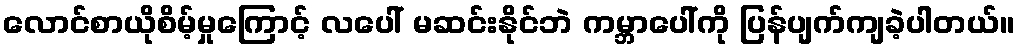
လောင်စာယိုစိမ့်မှုကြောင့် လပေါ် မဆင်းနိုင်ဘဲ ကမ္ဘာပေါ်ကို ပြန်ပျက်ကျခဲ့ပါတယ်။